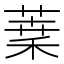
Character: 𦶫